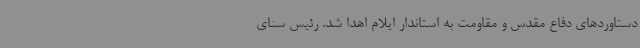
دستاوردهای دفاع مقدس و مقاومت به استاندار ایلام اهدا شد. رئیس سنای